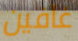
غافين